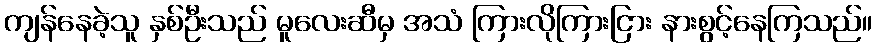
ကျန်နေခဲ့သူ နှစ်ဦးသည် မူလေးဆီမှ အသံ ကြားလိုကြားငြား နားစွင့်နေကြသည်။